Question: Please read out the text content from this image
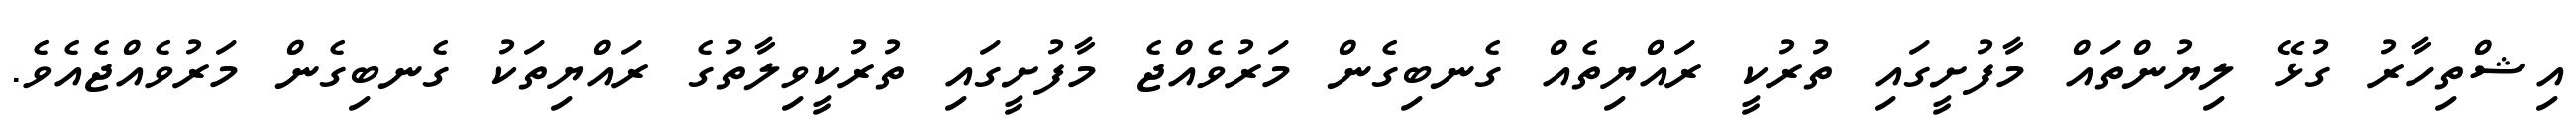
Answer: އިޝްތިހާރު ގުޅޭ ލިޔުންތައް މާފުށީގައި ތުރުކީ ރައްޔިތެއް ގެނބިގެން މަރުވެއްޖެ މާފުށީގައި ތުރުކީވިލާތުގެ ރައްޔިތަކު ގެނބިގެން މަރުވެއްޖެއެވެ.